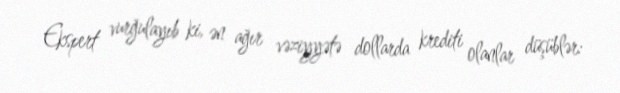
Ekspert vurğulayıb ki, ən ağır vəziyyətə dollarda krediti olanlar düşüblər: